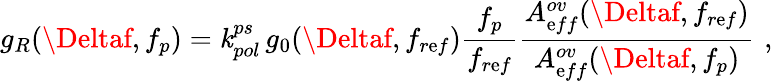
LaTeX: g_{R}(\Deltaf,f_{p})=\mathit{k}_{pol}^{ps}\, g_{0}(\Deltaf,f_{r\mathrm{e}f})\frac{{f_{p}}}{{f_{r\mathrm{e}f}}}\frac{{A_{\mathrm{e}ff}^{ov}(\Deltaf,f_{r\mathrm{e}f})}}{{A_{\mathrm{e}ff}^{ov}(\Deltaf,f_{p})}}\, \, ,